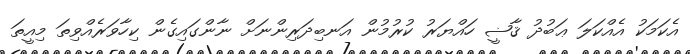
އެކަމަކު އެއްކަލަ ޢަބުދު ޤާޟީ ހައްޔަރު ކުރުމުން އަނބިދަރިންނަށް ނާންގައިގެން ކިހާވަރެއްވިތަ މިއީތަ